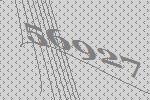
56927